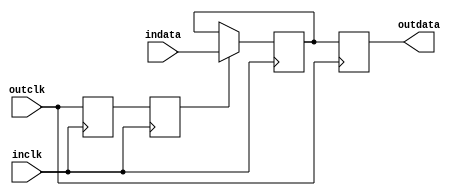
module to_slow_clk_interface(indata,outdata,inclk,outclk);
//the purpose of this module is to ensure that the CE of the 
//output data does not change near the output clock to avoid a race.
//inclk must be much faster than outclk

parameter width = 32;
input [width-1:0]  indata;
output [width-1:0] outdata;
input inclk,outclk;


reg[width-1:0] outdata, raw_outdata;
wire  actual_CE;
reg clk_delay1,clk_delay2;

always @ (negedge inclk)
begin
		clk_delay1 <= outclk;
		clk_delay2 <= clk_delay1;
end

assign actual_CE  = clk_delay2;

always @ (posedge inclk)
begin
      if (actual_CE)
		begin
			  raw_outdata <= indata;
		end
end


always @ (posedge outclk)
begin
      outdata <= raw_outdata;
end
endmodule